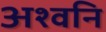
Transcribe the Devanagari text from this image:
अश्वनि